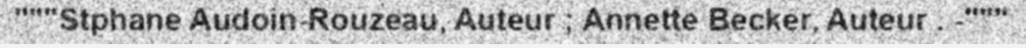
"""Stphane Audoin-Rouzeau, Auteur ; Annette Becker, Auteur . -"""